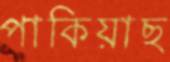
পাকিয়াছ